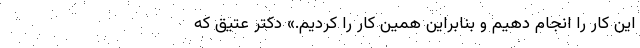
این کار را انجام دهیم و بنابراین همین کار را کردیم.» دکتر عتیق که